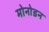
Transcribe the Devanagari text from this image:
मोनोडन